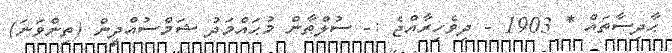
ޙާދިސާތައް * 1903 - ދިވެހިރާއްޖެ :- ސުލްޠާން މުޙައްމަދު ޝަމްސުއްދީން (ތިންވަނަ)